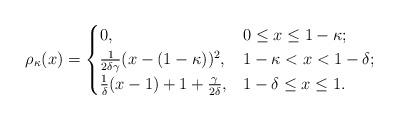
LaTeX: \begin{align*}\rho_\kappa(x)=\begin{cases}0, & 0\leq x \leq 1-\kappa;\\\frac{1}{2\delta\gamma}(x-(1-\kappa))^2, & 1-\kappa<x<1-\delta; \\\frac{1}{\delta}(x-1)+1+\frac{\gamma}{2\delta}, & 1-\delta\leq x\leq 1.\end{cases}\end{align*}